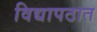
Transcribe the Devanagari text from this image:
विद्यापठात